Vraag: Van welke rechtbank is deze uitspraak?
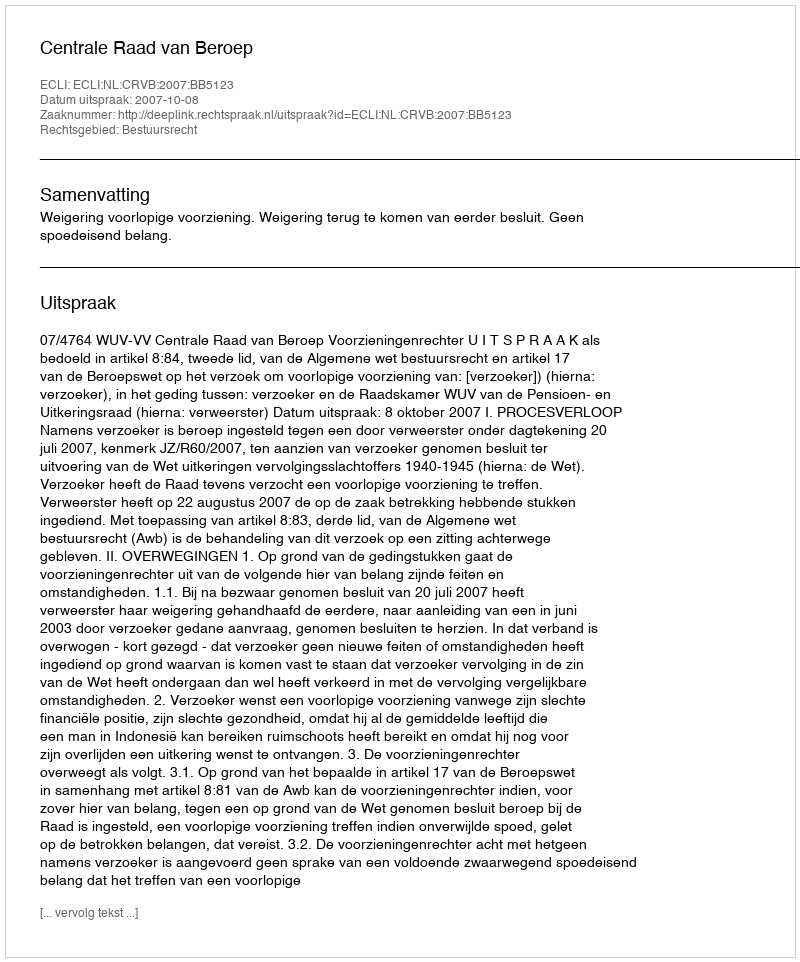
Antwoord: Centrale Raad van Beroep